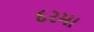
દરમા